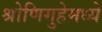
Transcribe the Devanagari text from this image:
श्रोणिगुहेमध्ये